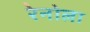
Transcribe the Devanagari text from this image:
रेनोला